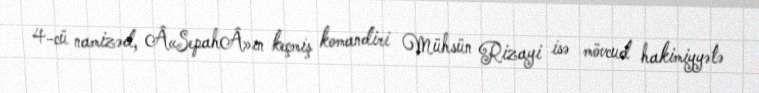
4-cü namizəd, Â«SepahÂ»ın keçmiş komandiri Mühsün Rizayi isə mövcud hakimiyyətə